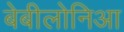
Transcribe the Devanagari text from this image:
बेबीलोनिआ